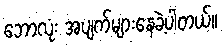
ဘောလုံး အပျက်များနေခဲ့ပါတယ်။